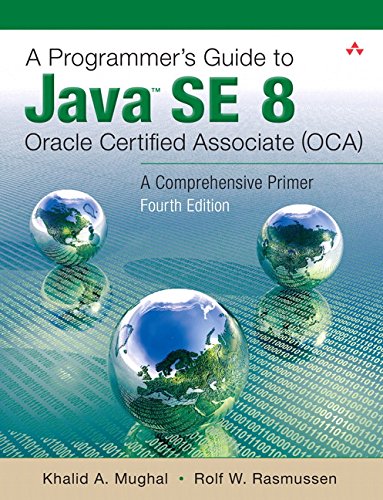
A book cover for A Programmer's Guide to Java SE 8 Oracle Certified Associate (OCA) (4th Edition); Khalid Mughal; Computers & Technology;